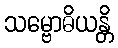
သမ္ဗောဓိယန္တိ